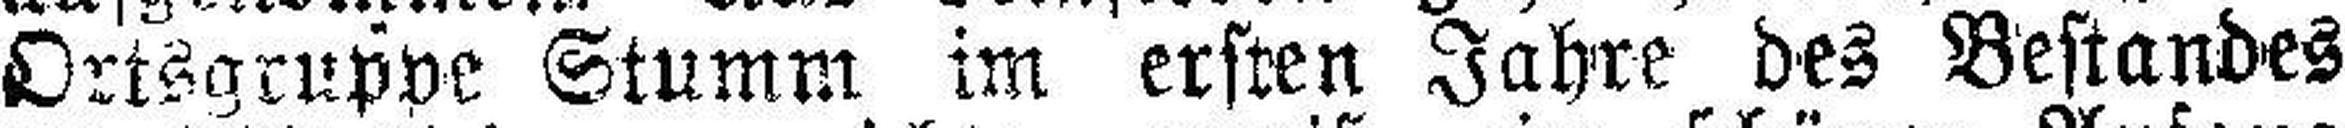
Ortsgruppe Stumm im ersten Jahre des Bestandes